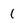
Character: 1